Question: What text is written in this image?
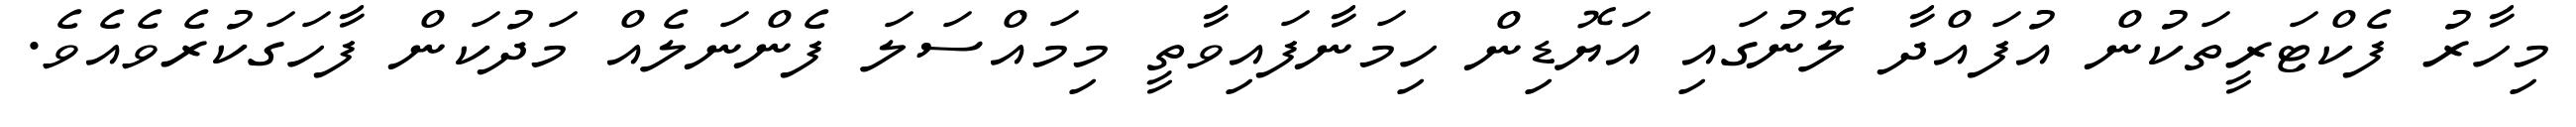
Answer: މިހާރު ފެކްޓަރީތަކުން އުފައްދާ ލޮނުގައި އަޔޮޑިން ހިމަނާފައިވާތީ މިމައްސަލަ ފެންނަލެއް މަދުކަން ފާހަގަކުރެވެއެވެ.